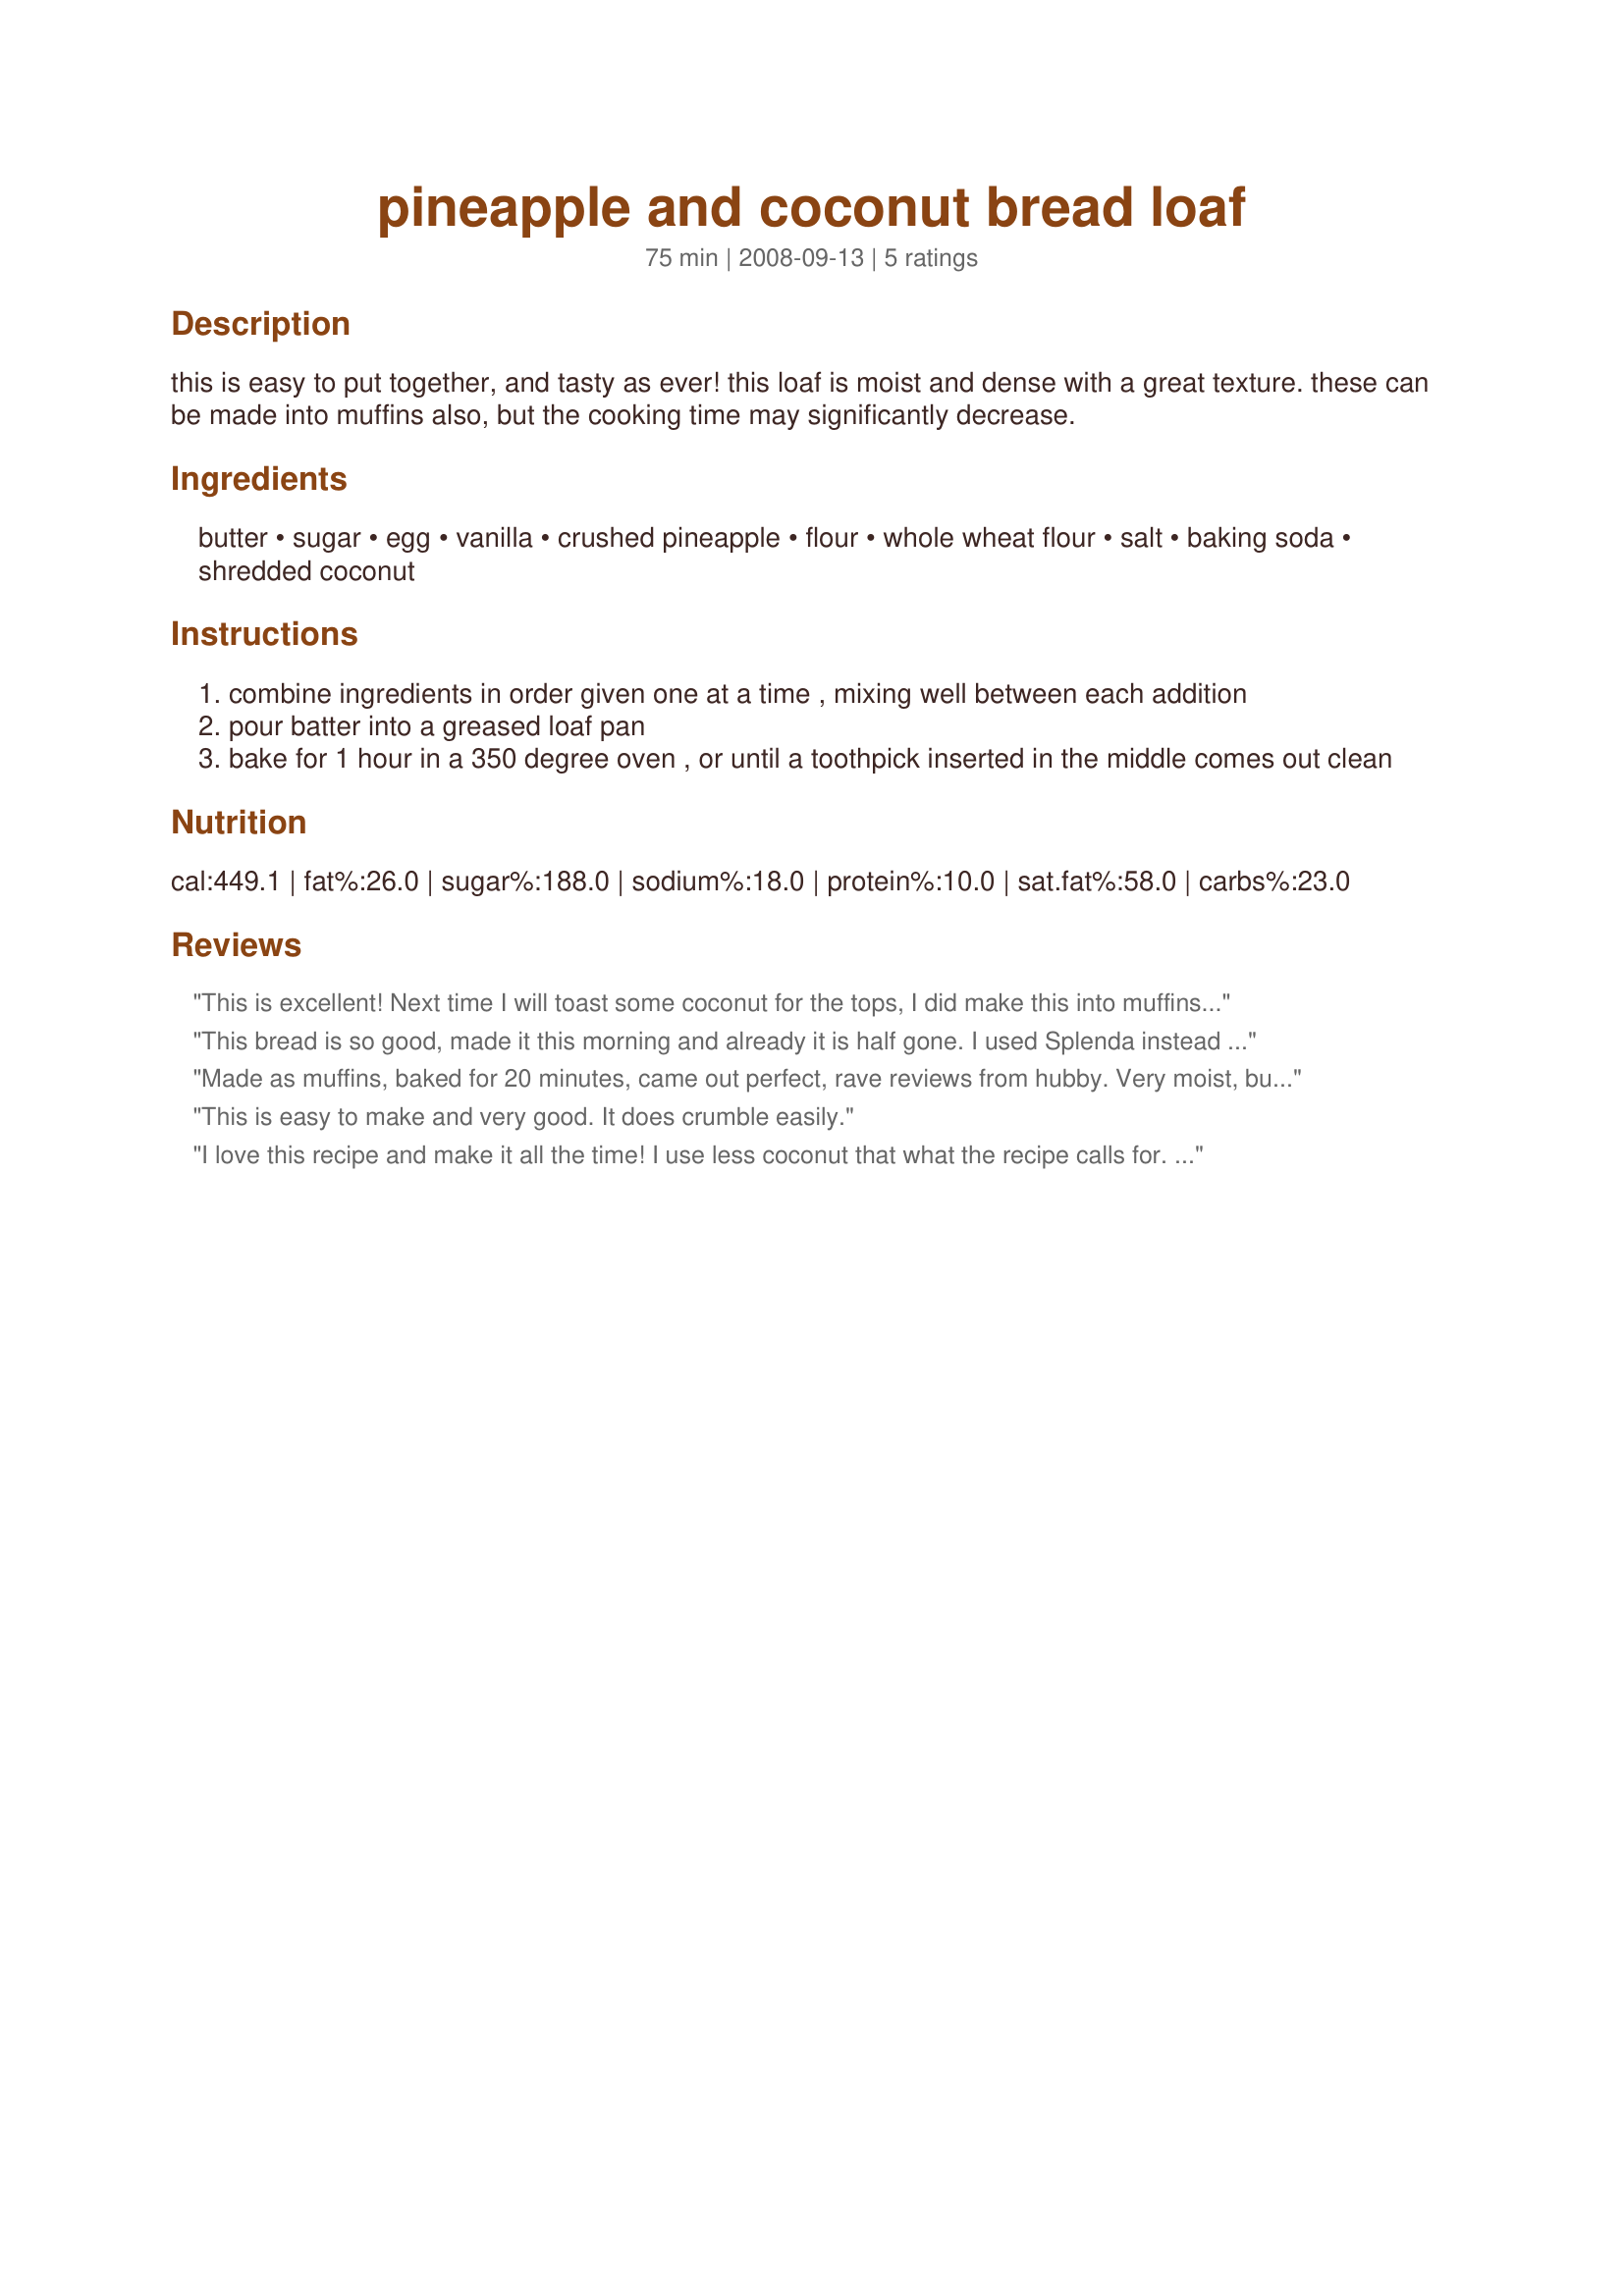
pineapple and coconut bread loaf
Preparation time: 75 minutes

this is easy to put together, and tasty as ever! this loaf is moist and dense with a great texture. these can be made into muffins also, but the cooking time may significantly decrease.

Ingredients:
butter, sugar, egg, vanilla, crushed pineapple, flour, whole wheat flour, salt, baking soda, shredded coconut

Steps:
combine ingredients in order given one at a time , mixing well between each addition
pour batter into a greased loaf pan
bake for 1 hour in a 350 degree oven , or until a toothpick inserted in the middle comes out clean

Reviews:
This is excellent! Next time I will toast some coconut for the tops, I did make this into muffins with great results...20-25 mins bake time was perfect! Thanks so much!
This bread is so good, made it
this morning and already it is
half gone. I used Splenda instead of the sugar as I am a diabetic. Definitely a keeper, will make this often. Thanks for posting this
wonderful recipe.
Made as muffins, baked for 20 minutes, came out perfect, rave reviews from hubby. Very moist, but not crumbly. Will toast coconut before adding next time, also add a few toasted pecans -- that can&#039;t be bad.
This is easy to make and very good. It does crumble easily.
I love this recipe and make it all the time! I use less coconut that what the recipe calls for. One time I tried it with some chopped walnuts and it was fabulous!
